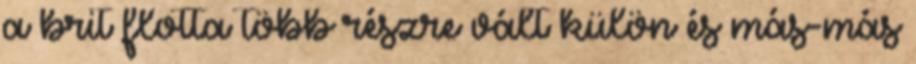
a brit flotta több részre vált külön és más-más